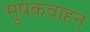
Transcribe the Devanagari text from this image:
मूषकवाहन